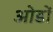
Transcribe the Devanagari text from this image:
ओडों